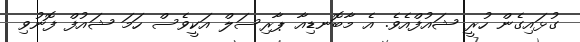
ގުޅައިގެން ހުރީ ޝައުފްއެވެ. އެ މާބޮނޑިއާ ޕާރިސަލް އަކީވެސް ހަމަ ޝައުފް ފޮނުވި